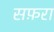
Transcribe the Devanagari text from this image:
सफ़रा